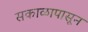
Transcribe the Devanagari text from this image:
सकाळापासून